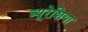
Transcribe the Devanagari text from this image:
ब्यूरेशिया